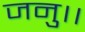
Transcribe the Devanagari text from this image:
जनु।।